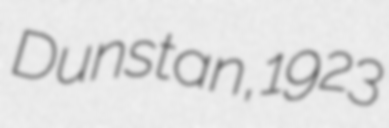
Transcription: Dunstan, 1923